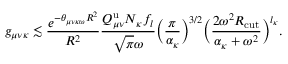
g _ { \mu \nu \kappa } \lesssim \frac { e ^ { - \theta _ { \mu \nu \kappa \omega } R ^ { 2 } } } { R ^ { 2 } } \frac { Q _ { \mu \nu } ^ { \mathrm { u } } N _ { \kappa } f _ { l } } { \sqrt { \pi } \omega } \Big ( \frac { \pi } { \alpha _ { \kappa } } \Big ) ^ { 3 / 2 } \Big ( \frac { 2 \omega ^ { 2 } R _ { \mathrm { c u t } } } { \alpha _ { \kappa } + \omega ^ { 2 } } \Big ) ^ { l _ { \kappa } } .